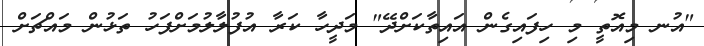
"އުނ މިއޮތީ މި ހިފައިގެން އައިތާކަށްދޭ" މަދީހާ ކަރާ އުފުލާލުމަށްފަހު ތަޅުން މައްޗަށް